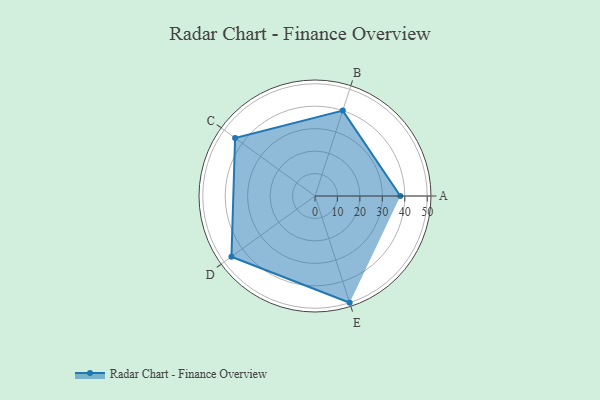
{"axis": {"x": "Skill", "y": "Score"}, "legend": ["Profile"], "data": [{"x": "A", "y": 38.0, "type": "Profile"}, {"x": "B", "y": 40.0, "type": "Profile"}, {"x": "C", "y": 44.0, "type": "Profile"}, {"x": "D", "y": 46.0, "type": "Profile"}, {"x": "E", "y": 50.0, "type": "Profile"}]}